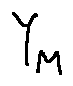
Y _ { M }